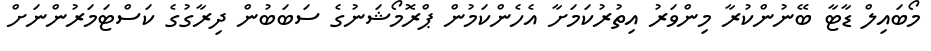
މޯބައިލް ޑާޓާ ބޭނުންކުރާ މިންވަރު އިތުރުކަމަށާ އެހެންކަމުން ޕްރޮމޯޝަނުގެ ސަބަބުން ދިރާގުގެ ކަސްޓަމަރުންނަށް